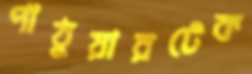
পাঠুয়ারটেক